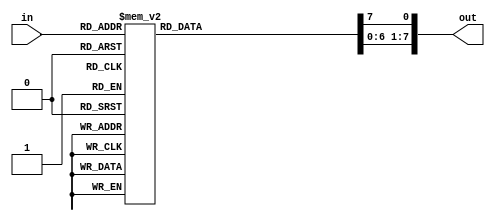
`timescale 1ns / 1ps
//////////////////////////////////////////////////////////////////////////////////
// Company: 
// Engineer: 
// 
// Design Name: 
// Module Name: decoder3
// Project Name: 
// Target Devices: 
// Tool Versions: 
// Description: 
// 
// Dependencies: 
// 
// Revision:
// Revision 0.01 - File Created
// Additional Comments:
// 
//////////////////////////////////////////////////////////////////////////////////


module decoder3(
    input [2:0] in,
    output reg [7:0] out
    );
    always@(in)
    begin
        out = 8'h0;
        case(in)
            3'b000: out[0]=1'b1;
            3'b001: out[1]=1'b1;
            3'b010: out[2]=1'b1;
            3'b011: out[3]=1'b1;
            3'b100: out[4]=1'b1;
            3'b101: out[5]=1'b1;
            3'b110: out[6]=1'b1;
            3'b111: out[7]=1'b1;
        endcase
    end;
endmodule